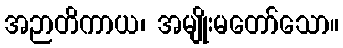
အဉာတိကာယ၊ အမျိုးမတော်သော။